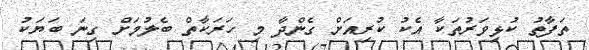
ތަފާތު ކުޅިވަރުތަކާ އެކު ކުރިއަށް ގެންދާ މި ހަރަކާތް ބެލުމަށް ގިނަ ބަޔަކު